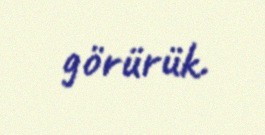
görürük.